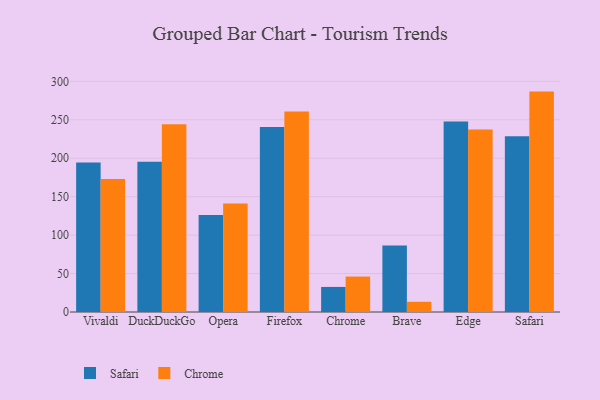
{"axis": {"x": "Browser", "y": "Satisfaction Score"}, "legend": ["Chrome", "Safari"], "data": [{"x": "Vivaldi", "y": 194.6, "type": "Safari"}, {"x": "Vivaldi", "y": 172.9, "type": "Chrome"}, {"x": "DuckDuckGo", "y": 195.6, "type": "Safari"}, {"x": "DuckDuckGo", "y": 244.3, "type": "Chrome"}, {"x": "Opera", "y": 126.2, "type": "Safari"}, {"x": "Opera", "y": 141.3, "type": "Chrome"}, {"x": "Firefox", "y": 240.8, "type": "Safari"}, {"x": "Firefox", "y": 260.9, "type": "Chrome"}, {"x": "Chrome", "y": 32.6, "type": "Safari"}, {"x": "Chrome", "y": 46.1, "type": "Chrome"}, {"x": "Brave", "y": 86.4, "type": "Safari"}, {"x": "Brave", "y": 13.3, "type": "Chrome"}, {"x": "Edge", "y": 247.7, "type": "Safari"}, {"x": "Edge", "y": 237.3, "type": "Chrome"}, {"x": "Safari", "y": 228.6, "type": "Safari"}, {"x": "Safari", "y": 286.7, "type": "Chrome"}]}